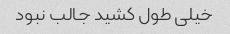
خیلی طول کشید جالب نبود